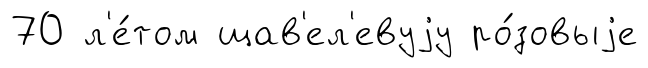
70 л'е́том щав'ел'евуjу ро́зовыjе